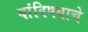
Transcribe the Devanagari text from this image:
यांविषयाचे